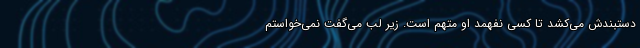
دستبندش می‌کشد تا کسی نفهمد او متهم است. زیر لب می‌گفت نمی‌خواستم